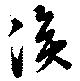
溪